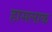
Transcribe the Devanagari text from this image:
हासलाक